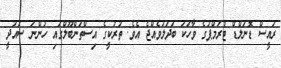
ރައީސް ޑޮނަލްޑް ޓްރަމްޕުގެ ވާހަކަ ބަދަލުވެއްޖެ އެވެ. ތުރުކީގެ އިސްތަންބޫލްގައި ހުންނަ ސައުދީ